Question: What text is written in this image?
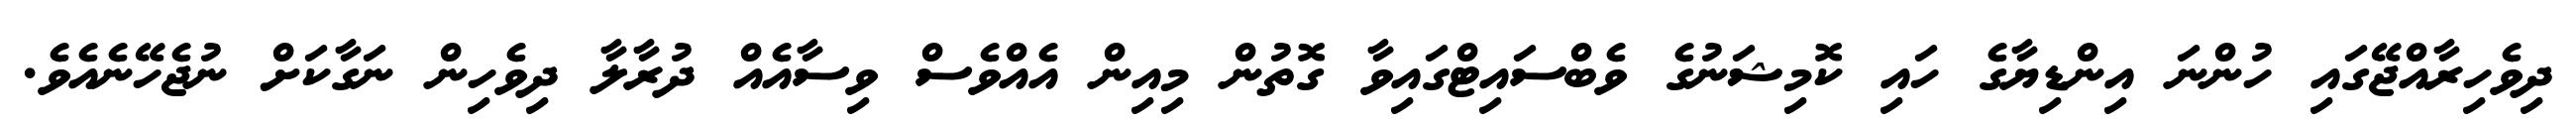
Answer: ދިވެހިރާއްޖޭގައި ހުންނަ އިންޑިޔާގެ ހައި ކޮމިޝަނުގެ ވެބްސައިޓްގައިވާ ގޮތުން މިއިން އެއްވެސް ވިސާއެއް ދުރާލާ ދިވެހިން ނަގާކަށް ނުޖެހޭނެއެވެ.